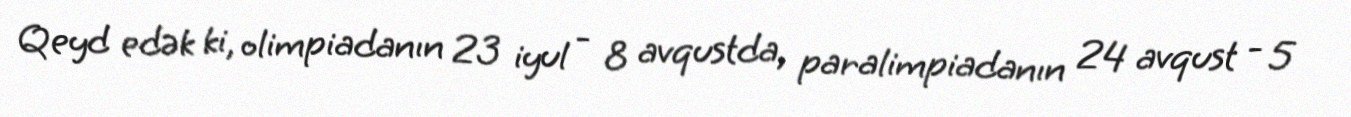
Qeyd edək ki, olimpiadanın 23 iyul - 8 avqustda, paralimpiadanın 24 avqust - 5